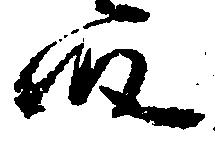
段